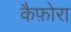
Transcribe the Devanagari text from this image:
कैफ़ोरा